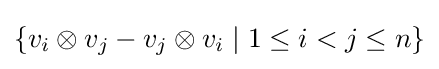
\{v_{i}\otimes v_{j}-v_{j}\otimes v_{i}\mid 1\leq i<j\leq n\}